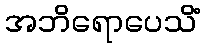
အဘိရောပေသိံ